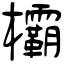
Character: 欛